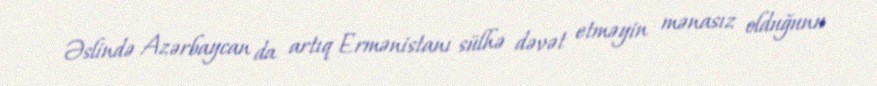
Əslində Azərbaycan da artıq Ermənistanı sülhə dəvət etməyin mənasız olduğunu